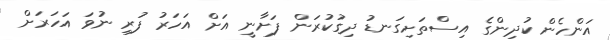
އަންހެން ކުދިންގެ އިސްތަށިގަނޑު ދިގުކުރަން ފަށާނީ އަށް އަހަރު ފުރި ނުވަ އަހަރަށް